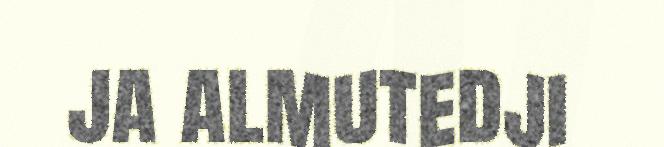
ja almutedji